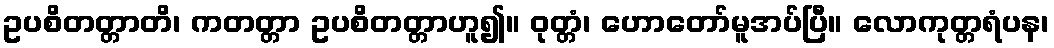
ဥပစိတတ္တာတိ၊ ကတတ္တာ ဥပစိတတ္တာဟူ၍။ ဝုတ္တံ၊ ဟောတော်မူအပ်ပြီ။ လောကုတ္တရံပန၊